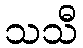
သသီ